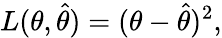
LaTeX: L(\theta,{\hat{\theta}})=(\theta-{\hat{\theta}})^{2},